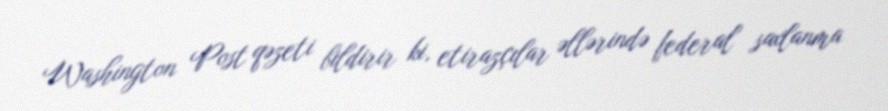
Washington Post qəzeti bildirir ki, etirazçılar əllərində federal saxlanma